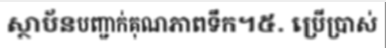
ស្ថាប័នបញ្ជាក់គុណភាពទឹក។៥. ប្រើប្រាស់